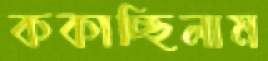
ককাচ্ছিলাম